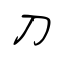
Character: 刀